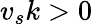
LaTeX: v_{s}k>0